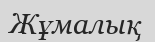
Жұмалық